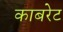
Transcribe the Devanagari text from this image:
काबरेट